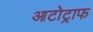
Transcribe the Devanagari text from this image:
आटोट्राफ